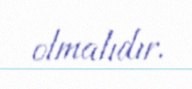
olmalıdır.